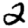
Digit: 2